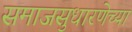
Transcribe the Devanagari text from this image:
समाजसुधारणेच्या